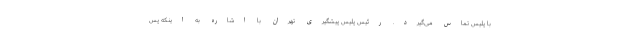
با پلیس تماس می‌گیرد. رئیس پلیس پیشگیری تهران با اشاره به اینکه پس